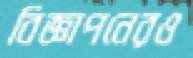
বিজ্ঞাপনেরও